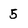
Character: 5